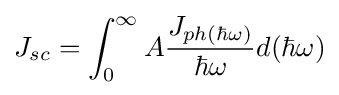
J_{sc}=\int _{0}^{\infty }A{\frac {J_{ph(\hbar \omega )}}{\hbar \omega }}d(\hbar \omega )